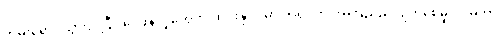
တိမ်းရှောင်သွားပါပြီ၊၊ ဝေဖန်သူတွေက ထိုင်းနိုင်ငံမှာ ဘုရင်ကို အကြည်ညိုပျက်စေမှု ပုဒ်မဟာ